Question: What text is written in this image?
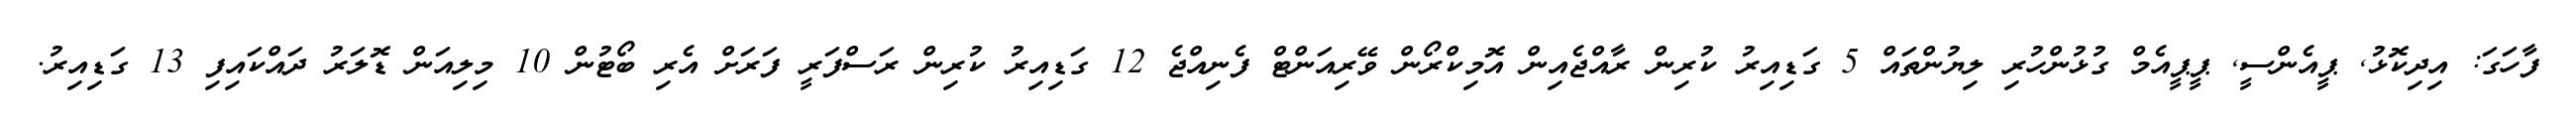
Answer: ފާހަގަ: އިދިކޮޅު, ޕީއެންސީ, ޕީޕީއެމް ގުޅުންހުރި ލިޔުންތައް 5 ގަޑިއިރު ކުރިން ރާއްޖެއިން އޮމިކްރޯން ވޭރިއަންޓް ފެނިއްޖެ 12 ގަޑިއިރު ކުރިން ރަސްފަރީ ފަރަށް އެރި ބޯޓުން 10 މިލިއަން ޑޮލަރު ދައްކައިފި 13 ގަޑިއިރު.